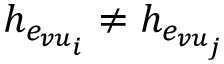
h _ { e _ { v u _ { i } } } \neq h _ { e _ { v u _ { j } } }